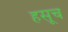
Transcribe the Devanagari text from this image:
हसूच